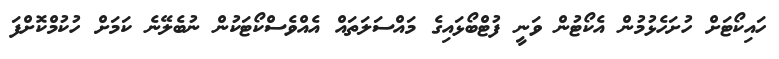
ހައިކޯޓަށް ހުށަހެޅުމުން އެކޯޓުން ވަނީ ފުޓްބޯޅައިގެ މައްސަލަތައް އެއްވެސްކޯޓަކުން ނުބެލޭނެ ކަމަށް ހުކުމްކޮށްފަ